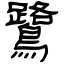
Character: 鷺